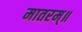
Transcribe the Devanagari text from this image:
मातरम्॥